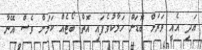
އަދި އެއީ ވަރަށް ބޮޑަށް ހަލާކުވެފައި އޮތް ބޯޓެއް ކަމަށް ވެސް އޭނާ